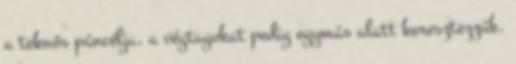
a teknős páncélja, a végtagokat pedig egymás alatt keresztezzük.